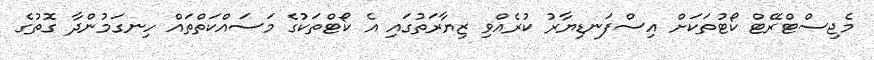
މެޖިސްޓްރޭޓް ކޯޓުތަކަށް އިސްފަނޑިޔާރު ކުރެއްވި ޒިޔާރަތުގައި އެ ކޯޓްތަކުގެ މަސައްކަތްތައް ހިނގަމުންދާ ގޮތުގެ